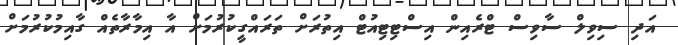
އަދި ސިވިލް ސާވިސް ޓްރެއިން އިސްޓިޓިއުޓް އިތުރަށް ތަރައްގީކުރުމަށް އާ އިމާރާތެއް ގާއިމުކުރުމަށް